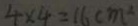
4 \times 4 = 1 6 c m ^ { 2 }